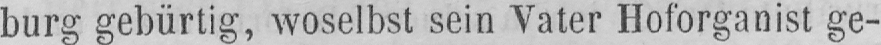
burg gebürtig, woselbst sein Vater Hoforganist ge-